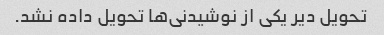
تحویل دیر یکی از نوشیدنی‌ها تحویل داده نشد.